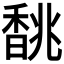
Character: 𩡂